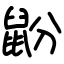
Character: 鼢